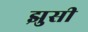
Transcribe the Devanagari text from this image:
झुसी